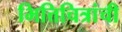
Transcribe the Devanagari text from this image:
भित्तिचित्रांची